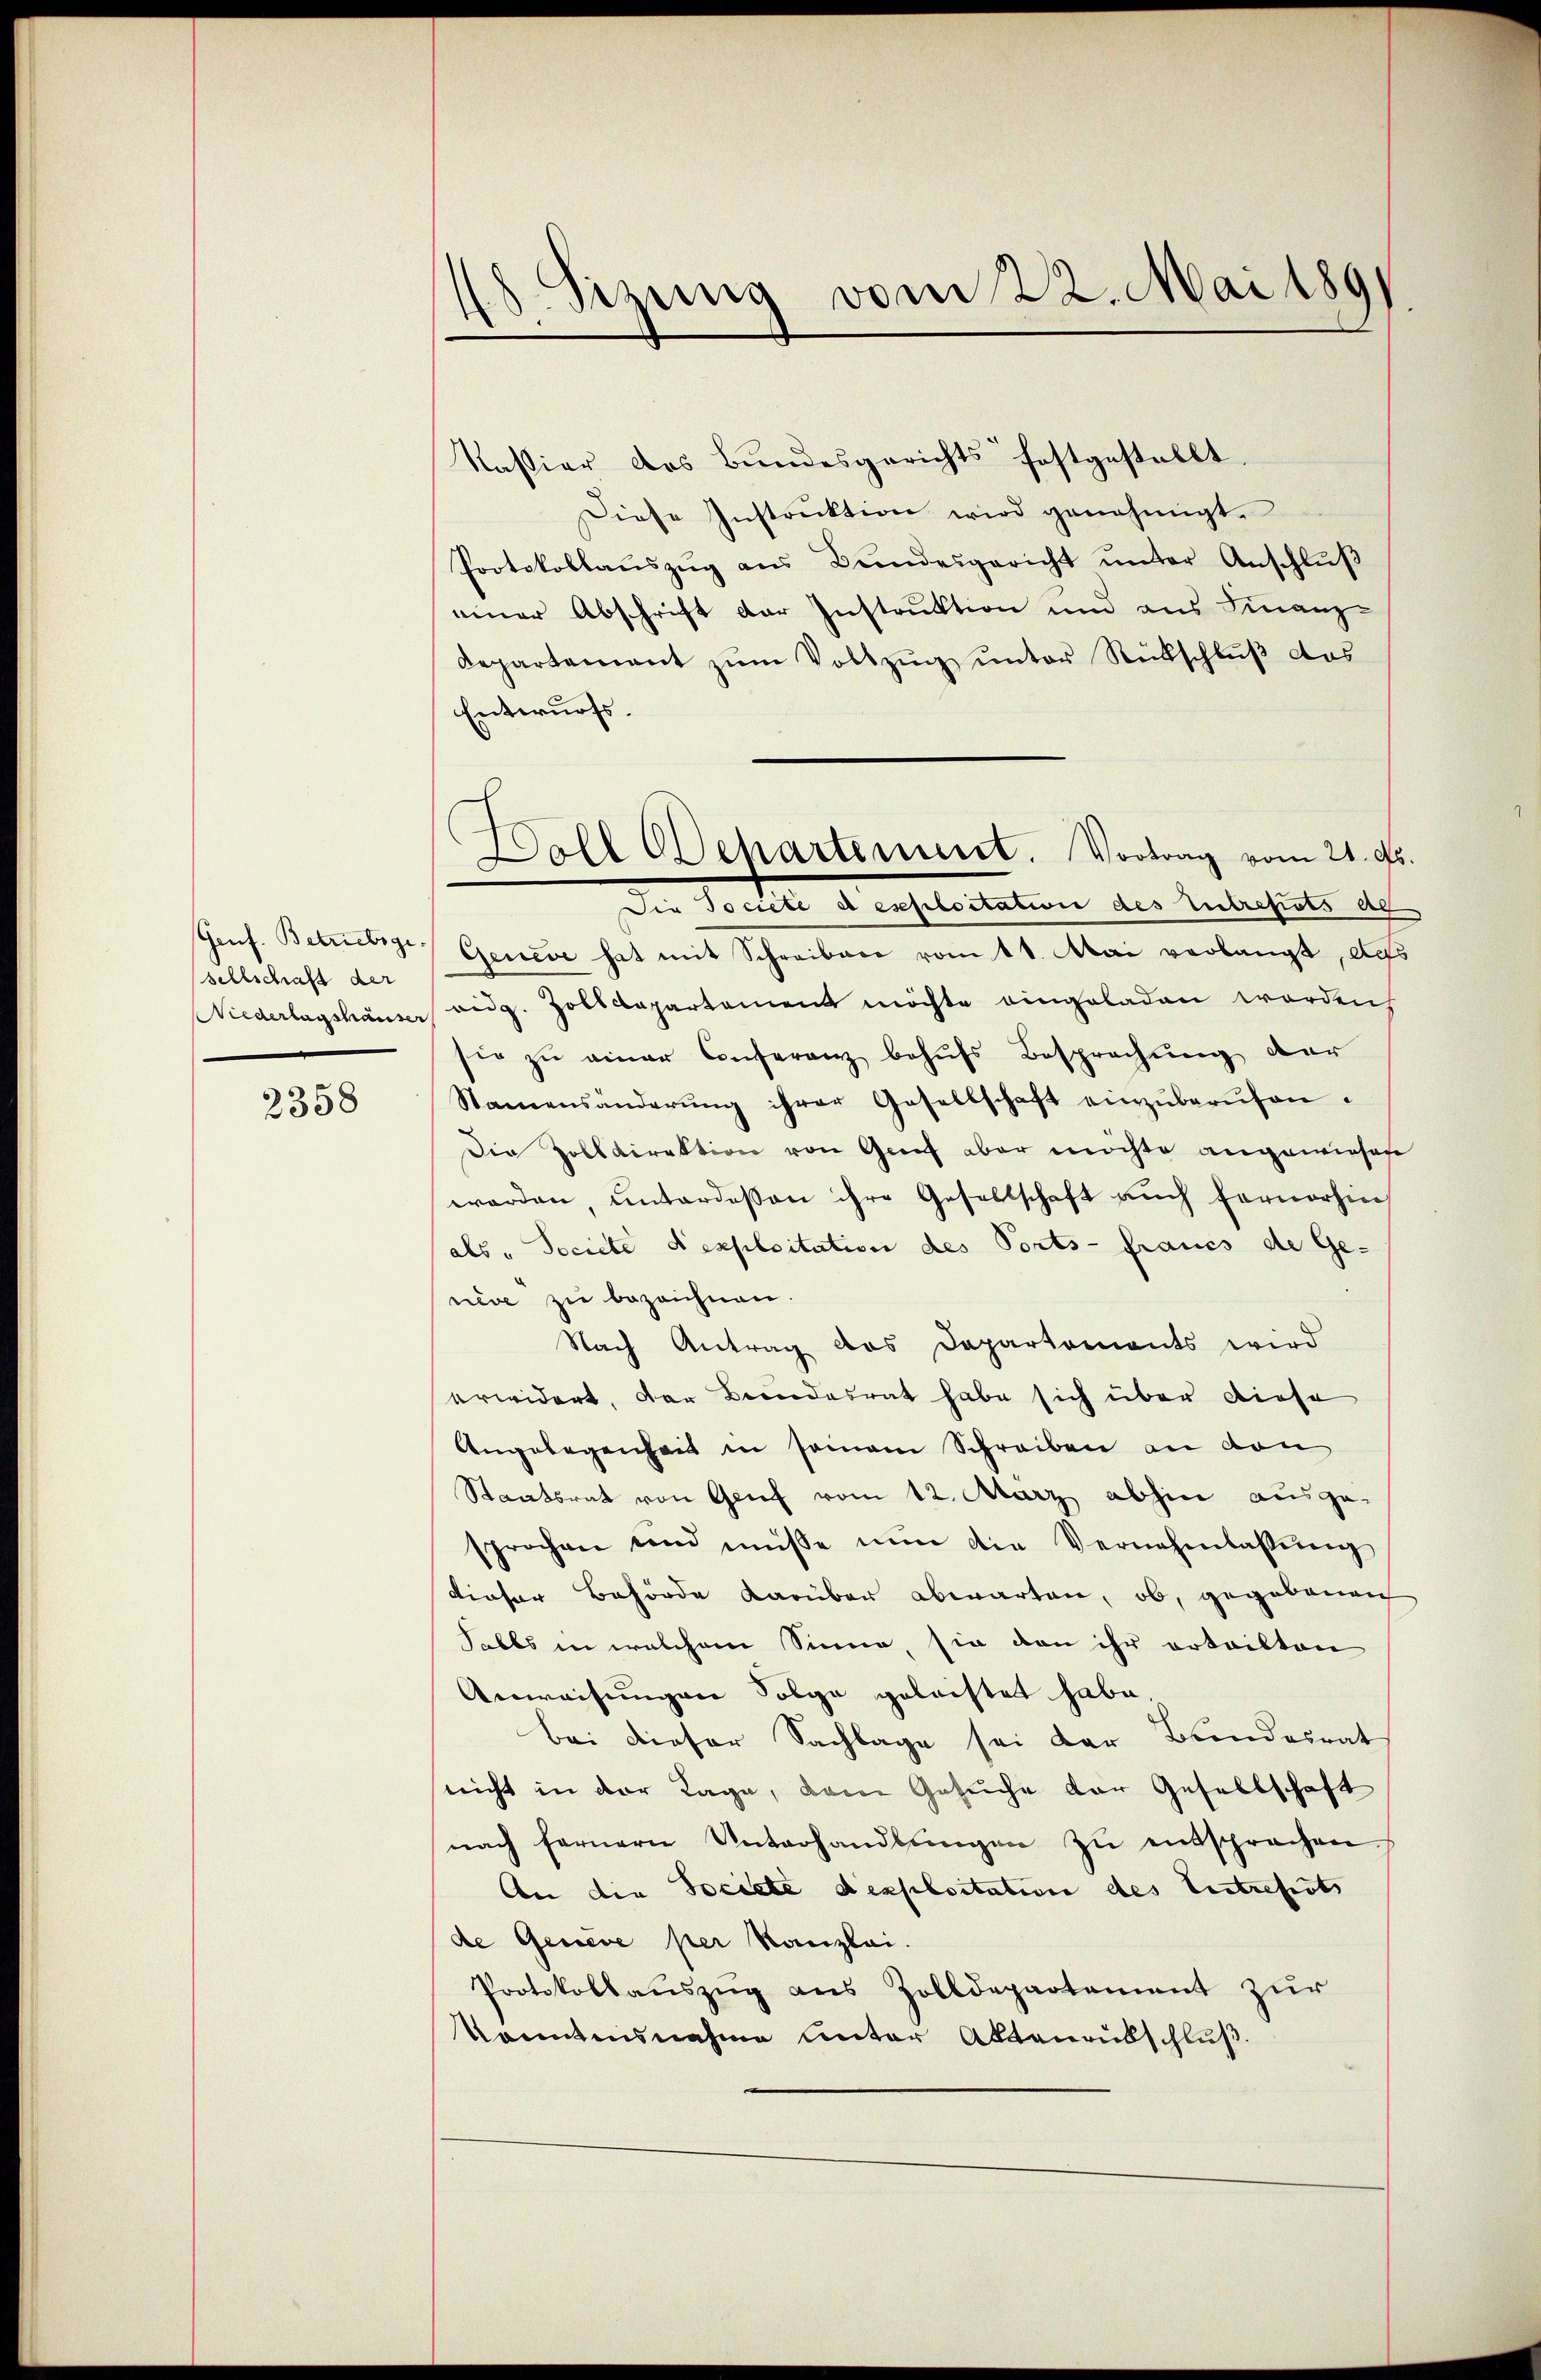
sellschaft der

2358

48 Sizung vom 22. Mai 1891

Kaßiar das Bundesgerichts festgestellt.
Diese Instrŭktion wird genehmigt.
Protokollaŭszŭg aŭs Bŭndesgericht ŭnter Anschlŭβ
einer Abschrift der Instruktion und aus Finanz-
Departement zum Vollzug unter Rückschluß das
Entwurfs.
Genf. Betriebige Geneve hat mit Schreiben vom 11. Mai verlangt, des
Niederlagshäuser ang. Zolldepartement möchte eingeladen worden
sie zu einer Conferenz behufs Besprechung der
Stamensänderŭng ihrer Gesellschaft einzŭberŭfen.
Die Zolldirektion von Genf aber möchte angewiesen
werden, unterdessen ihre Gesellschaft aŭch fernerhin
als „ Societe d’exploitation des Ports- Fraues de Ge-
nève zu bezeichnen.
Nach Antrag das Departements wird
erwidert, der Beendesrat habe sich über diese
Angelegenheit in seinem Schreiben an den
Staatsrat von Genf vom 12. März abhin ausge-
sprochen und müsse nŭn die Vernehmlassŭng
dieser Behörde darüber abwarten, ob, gegebenen
Sabls in welchem Sinne, sie von ihr erteilten
Anweisungen Folge geleistet habe.
Bei dieser Sachlage sei der Bundesrat
nicht in der Lage, dem Gesuche der Gesellschaft
nach fernern Unterhandlŭngen zŭ entsprechen.
An die Societe dexploitation des Eintreferts
de Genève per Kanzlei.
Protokollaŭszŭg ans Zolldepartement zur
kanntnisnahme unter Aktenrübschluß

Boll Oehartement. Vortrag vom 21. ds.
Die Societe deschloitation des Entrepots ab